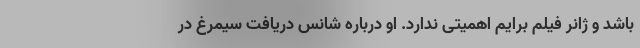
باشد و ژانر فیلم برایم اهمیتی ندارد. او درباره شانس دریافت سیمرغ در